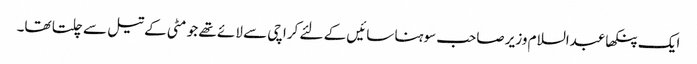
ایک پنکھا عبدالسلام وزیر صاحب سوہنا سائیں کے لئے کراچی سے لائے تھے جو مٹی کے تیل سے چلتا تھا۔